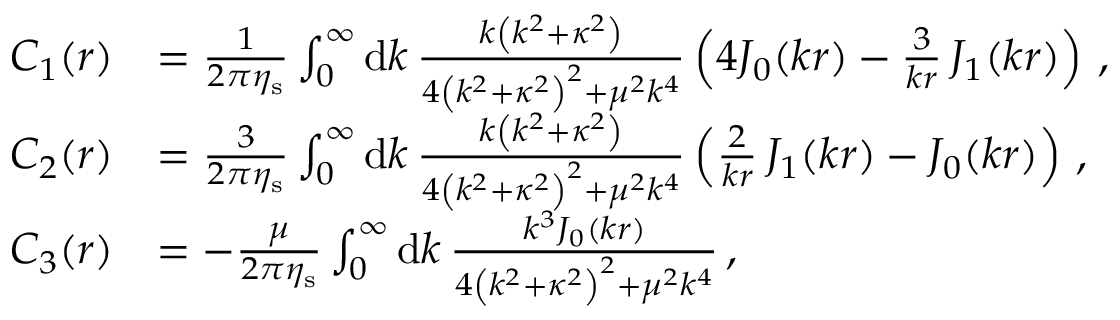
\begin{array} { r l } { C _ { 1 } ( r ) } & { = \frac { 1 } { 2 \pi \eta _ { \mathrm { s } } } \int _ { 0 } ^ { \infty } \mathrm { d } k \, \frac { k \left( k ^ { 2 } + \kappa ^ { 2 } \right) } { 4 \left( k ^ { 2 } + \kappa ^ { 2 } \right) ^ { 2 } + \mu ^ { 2 } k ^ { 4 } } \left( 4 J _ { 0 } ( k r ) - \frac { 3 } { k r } \, J _ { 1 } ( k r ) \right) \, , } \\ { C _ { 2 } ( r ) } & { = \frac { 3 } { 2 \pi \eta _ { \mathrm { s } } } \int _ { 0 } ^ { \infty } \mathrm { d } k \, \frac { k \left( k ^ { 2 } + \kappa ^ { 2 } \right) } { 4 \left( k ^ { 2 } + \kappa ^ { 2 } \right) ^ { 2 } + \mu ^ { 2 } k ^ { 4 } } \left( \frac { 2 } { k r } \, J _ { 1 } ( k r ) - J _ { 0 } ( k r ) \right) \, , } \\ { C _ { 3 } ( r ) } & { = - \frac { \mu } { 2 \pi \eta _ { \mathrm { s } } } \int _ { 0 } ^ { \infty } \mathrm { d } k \, \frac { k ^ { 3 } J _ { 0 } ( k r ) } { 4 \left( k ^ { 2 } + \kappa ^ { 2 } \right) ^ { 2 } + \mu ^ { 2 } k ^ { 4 } } \, , } \end{array}